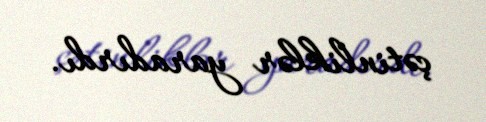
çətinliklər yaradırdı.